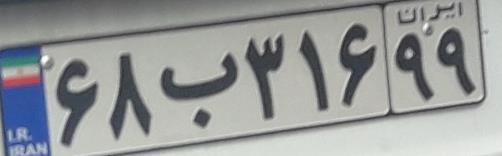
۶۸ب۳۱۶۹۹